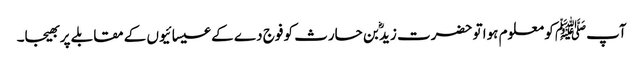
آپﷺ کو معلوم ہوا تو حضرت زیدؓ بن حارث کو فوج دے کے عیسائیوں کے مقابلے پر بھیجا۔